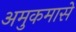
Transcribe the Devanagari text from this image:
अमुकमासे